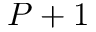
P + 1